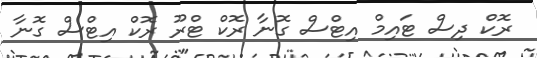
ރޮކް ދިސް ޓައިމް އިޓްސް ގޮނާ ރޮކް ޓްރޫ ރޮކް އިޓްސް ގޮނާ